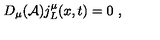
D _ { \mu } ( { \cal A } ) j _ { L } ^ { \mu } ( x , t ) = 0 \ ,